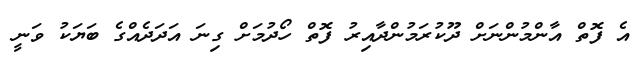
އެ ފޮތް އާންމުންނަށް ދޫކުރަމުންދާއިރު ފޮތް ހޯދުމަށް ގިނަ އަދަދެއްގެ ބަޔަކު ވަނީ